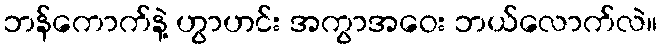
ဘန်ကောက်နဲ့ ဟွာဟင်း အကွာအဝေး ဘယ်လောက်လဲ။